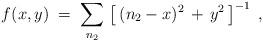
LaTeX: \begin{align*}f (x,y) \;=\; \sum_{n_2} \, \left[ \, (n_2 - x)^2 \,+\,y^2\,\right]^{-1}\;,\end{align*}